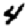
Digit: 4